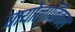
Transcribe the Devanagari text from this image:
बायोलाजिकल